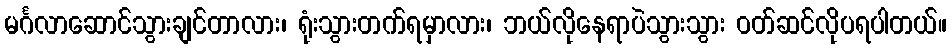
မင်္ဂလာဆောင်သွားချင်တာလား၊ ရုံးသွားတက်ရမှာလား၊ ဘယ်လိုနေရာပဲသွားသွား ဝတ်ဆင်လိုပရပါတယ်။